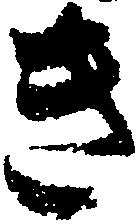
き